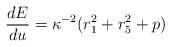
LaTeX: \begin{align*}{{dE} \over {du}} = \kappa^{-2} ( r_1^2 + r_5^2 + p)\end{align*}